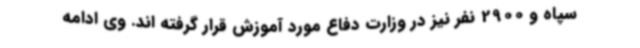
سپاه و 2900 نفر نیز در وزارت دفاع مورد آموزش قرار گرفته اند. وی ادامه